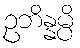
ဥဘိန္နမ္ပိ